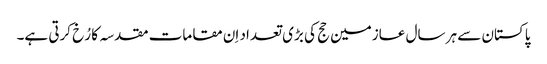
پاکستان سے ہر سال عازمین حج کی بڑی تعداد اِن مقامات مقدسہ کا رُخ کرتی ہے۔